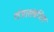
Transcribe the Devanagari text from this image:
तंत्रासंबधित